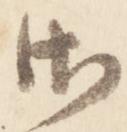
御